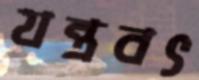
যন্ত্রবৎ